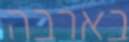
בארבה